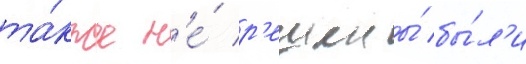
та́кже н'е́ р'ешены́ бы́л'и